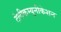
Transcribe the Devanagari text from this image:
टेलीकम्यूनीकेशन